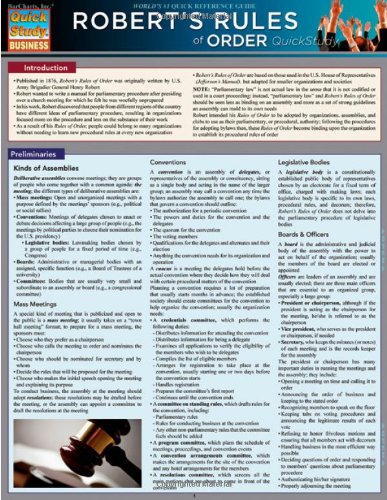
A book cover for Robert'S Rules Of Order (Quick Study: Business); Inc. BarCharts; Business & Money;